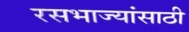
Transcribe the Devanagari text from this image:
रसभाज्यांसाठी